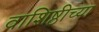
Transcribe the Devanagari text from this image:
वाशिष्ठीच्या